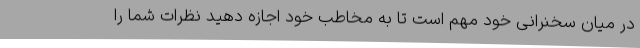
در میان سخنرانی خود مهم است تا به مخاطب خود اجازه دهید نظرات شما را